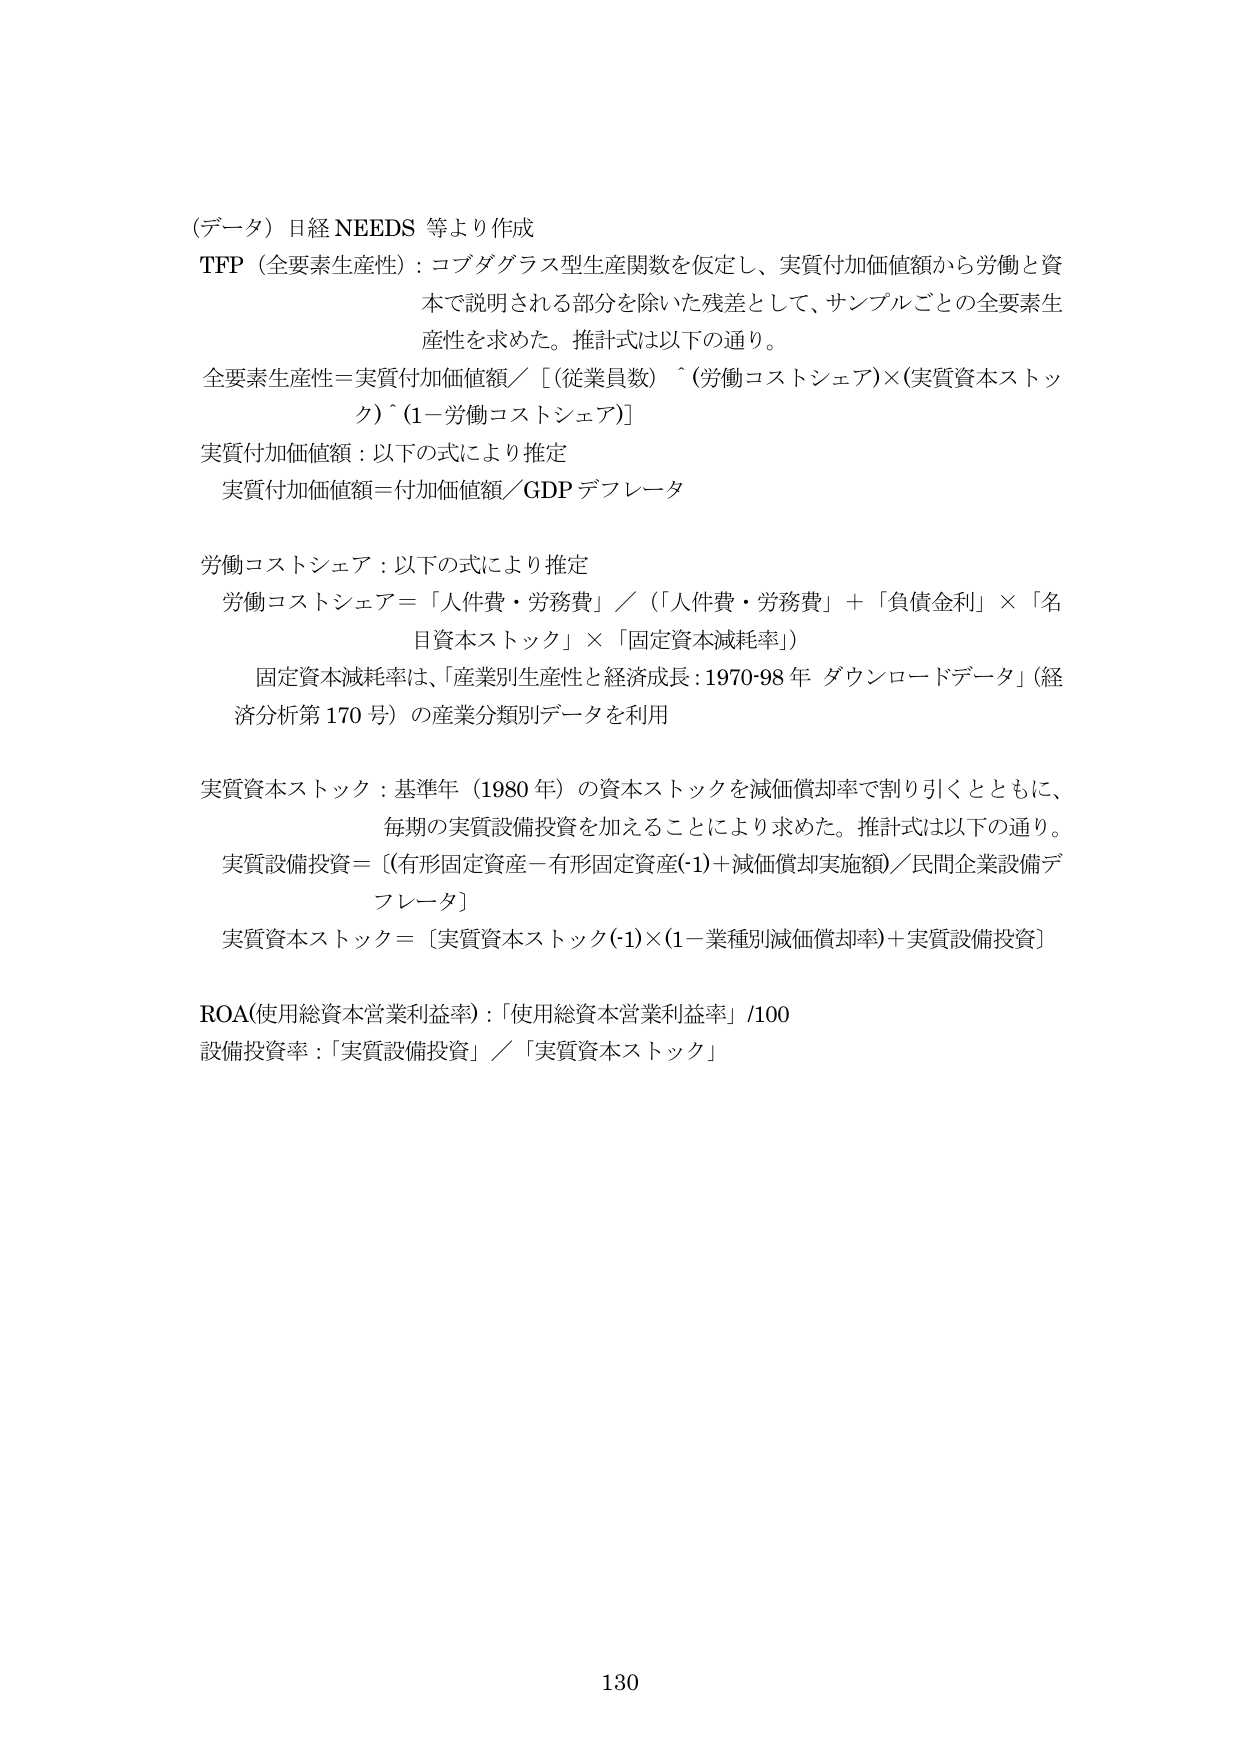
（データ）日経 NEEDS 等より作成
TFP（全要素生産性）：コブダグラス型生産関数を仮定し、実質付加価値額から労働と資本で説明される部分を除いた残差として、サンプルごとの全要素生産性を求めた。推計式は以下の通り。
全要素生産性＝実質付加価値額／［（従業員数）＾（労働コストシェア）×（実質資本ストック）＾（1－労働コストシェア）］
実質付加価値額：以下の式により推定
　実質付加価値額＝付加価値額／GDP デフレータ
労働コストシェア：以下の式により推定
　労働コストシェア＝「人件費・労務費」／（「人件費・労務費」＋「負債金利」×「名目資本ストック」×「固定資本減耗率」）
　固定資本減耗率は、「産業別生産性と経済成長：1970-98 年 ダウンロードデータ」（経済分析第 170 号）の産業分類別データを利用
実質資本ストック：基準年（1980 年）の資本ストックを減価償却率で割り引くとともに、毎期の実質設備投資を加えることにより求めた。推計式は以下の通り。
　実質設備投資＝［（有形固定資産－有形固定資産(-1)＋減価償却実施額）／民間企業設備デフレータ］
　実質資本ストック＝［実質資本ストック(-1)×(1－業種別減価償却率)＋実質設備投資］
ROA（使用総資本営業利益率）：「使用総資本営業利益率」/100
設備投資率：「実質設備投資」／「実質資本ストック」
130